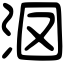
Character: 𣲷